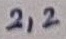
Text: 2,2